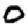
Digit: 0